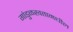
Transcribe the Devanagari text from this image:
गांडुळखतामधील